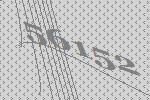
56152